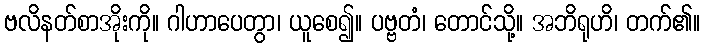
ဗလိနတ်စာအိုးကို။ ဂါဟာပေတွာ၊ ယူစေ၍။ ပဗ္ဗတံ၊ တောင်သို့။ အဘိရုဟိ၊ တက်၏။